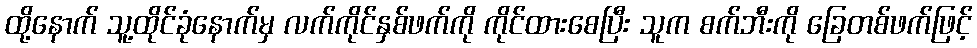
ထို့နောက် သူ့ထိုင်ခုံနောက်မှ လက်ကိုင်နှစ်ဖက်ကို ကိုင်ထားစေပြီး သူက စက်ဘီးကို ခြေတစ်ဖက်ဖြင့်